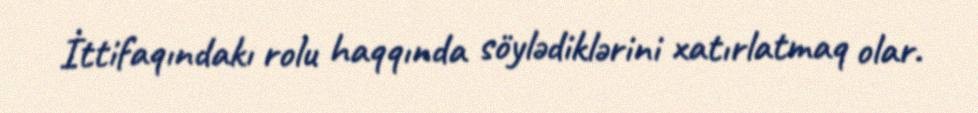
İttifaqındakı rolu haqqında söylədiklərini xatırlatmaq olar.